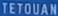
TETOUAN